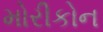
મોરીકોન